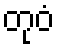
တုဝံ